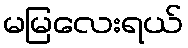
မမြလေးရယ်